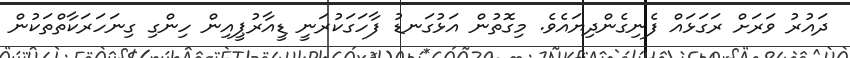
ދައުރު ވަރަށް ރަގަޅައް ފެނިގެންދިޔައެވެ. މިގޮތުން އަޅުގަނޑު ފާހަގަކުރަނީ ޑީއާރުޕީއިން ހިންގި ގިނަހަރަކާތްތަކުން